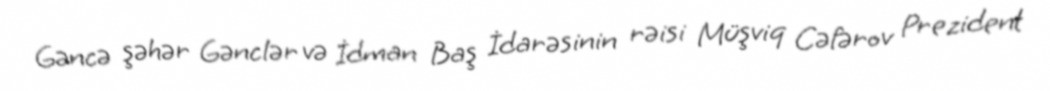
Gəncə şəhər Gənclər və İdman Baş İdarəsinin rəisi Müşviq Cəfərov Prezident